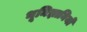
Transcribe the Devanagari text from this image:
भूमिज्ञानियों